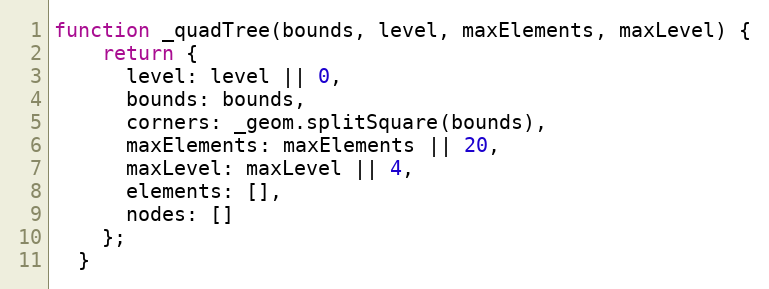
Language: JavaScript
function _quadTree(bounds, level, maxElements, maxLevel) {
    return {
      level: level || 0,
      bounds: bounds,
      corners: _geom.splitSquare(bounds),
      maxElements: maxElements || 20,
      maxLevel: maxLevel || 4,
      elements: [],
      nodes: []
    };
  }